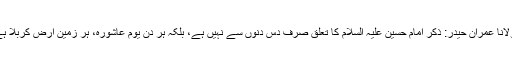
مولانا عمران حیدر: ذکر امام حسین علیہ السلام کا تعلق صرف دس دنوں سے نہیں ہے، بلکہ ہر دن یوم عاشورہ، ہر زمین ارض کربلا ہے۔